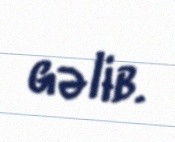
gəlib.